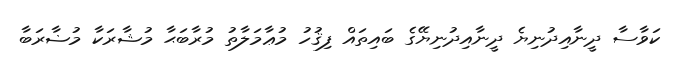
ކަވާސާ ދީނާއިދުނިޔެ ދީނާއިދުނިޔޭގެ ބައިތައް ފިޤުހު މުޢާމަލާތު މުރާބަޙާ މުޝާރަކާ މުޟާރަބާ